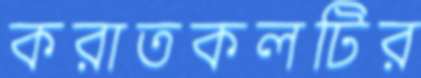
করাতকলটির